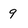
Character: 9